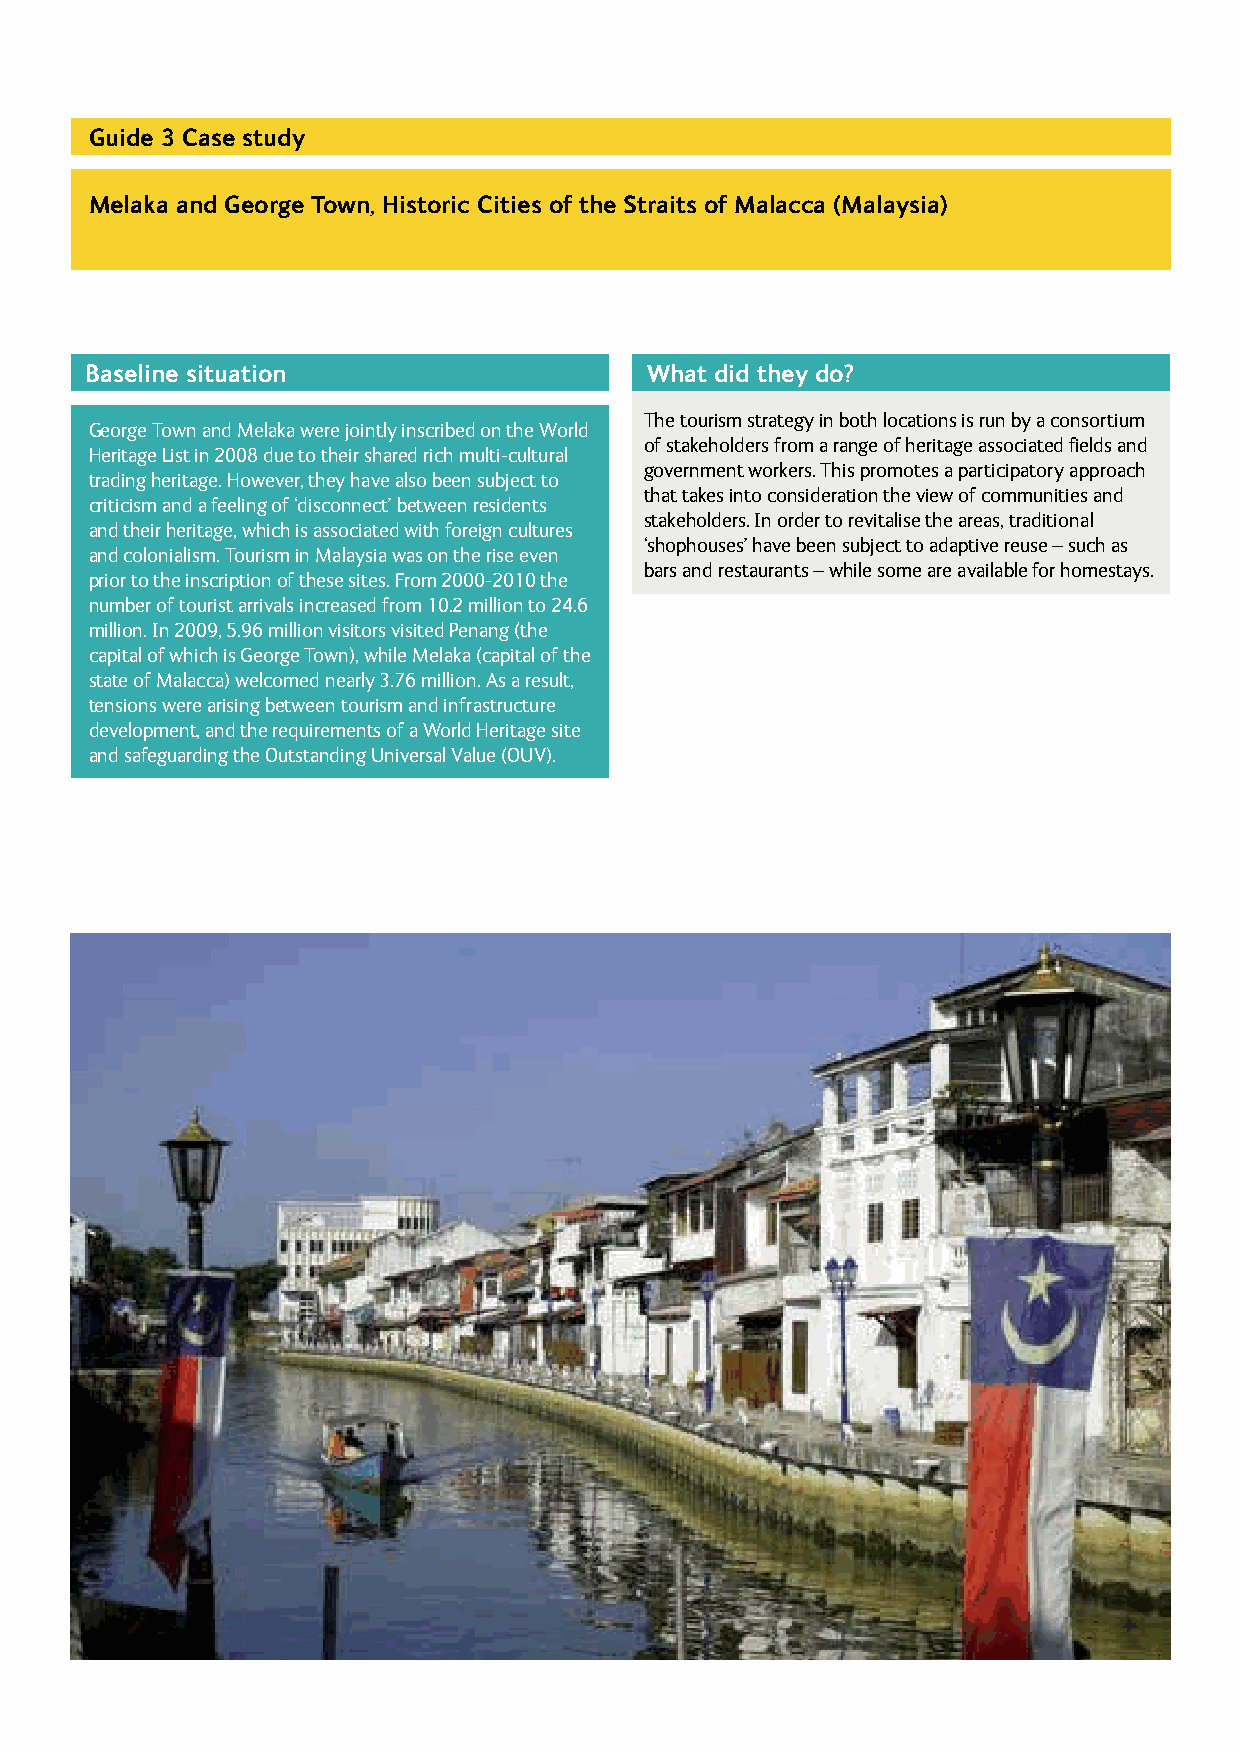
Guide 3 Case study
 Melaka and George Town, Historic Cities of the Straits of Malacca (Malaysia)
 Baseline situation                   What did they do?
 The tourism strategy in both locations is run by a consortium
 George Town and Melaka were jointly inscribed on the World
 of stakeholders from a range of heritage associated fields and
 Heritage List in 2008 due to their shared rich multi-cultural
 government workers. This promotes a participatory approach
 trading heritage. However, they have also been subject to
 that takes into consideration the view of communities and
 criticism and a feeling of ‘disconnect’ between residents
 stakeholders. In order to revitalise the areas, traditional
 and their heritage, which is associated with foreign cultures
 ‘shophouses’ have been subject to adaptive reuse – such as
 and colonialism. Tourism in Malaysia was on the rise even
 bars and restaurants – while some are available for homestays.
 prior to the inscription of these sites. From 2000-2010 the
 number of tourist arrivals increased from 10.2 million to 24.6
 million. In 2009, 5.96 million visitors visited Penang (the
 capital of which is George Town), while Melaka (capital of the
 state of Malacca) welcomed nearly 3.76 million. As a result,
 tensions were arising between tourism and infrastructure
 development, and the requirements of a World Heritage site
 and safeguarding the Outstanding Universal Value (OUV).